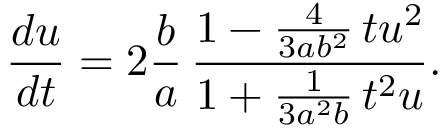
\frac { d u } { d t } = 2 \frac { b } { a } \, \frac { 1 - \frac { 4 } { 3 a b ^ { 2 } } \, t u ^ { 2 } } { 1 + \frac { 1 } { 3 a ^ { 2 } b } \, t ^ { 2 } u } .